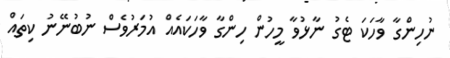
ނުހިންގާ ވާހަކަ ޓެގު ނާޅުވާ މީހުން ހިންގާ ވާހަކައެއް އުމަރުވެސް ނުބުނޭނު ކިތައް